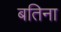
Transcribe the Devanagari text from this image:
बतिना